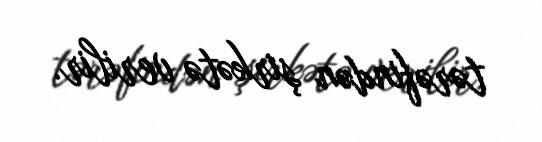
tərəfindən şirkətə verilir.